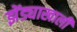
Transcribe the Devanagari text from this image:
झेंड्याखालीं